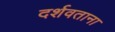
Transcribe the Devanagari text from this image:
दर्शवताना